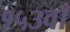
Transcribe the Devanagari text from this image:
१५३वाँ